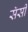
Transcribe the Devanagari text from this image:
सॅसी